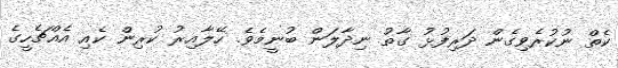
ކެތް ނުކުރެވިގެން ދަރިފުޅު ގާތު ނިދާލަން ބުނީމެވެ. ހޭލާއިރު ކުރިން ކެއި އެއްޗެހީގެ